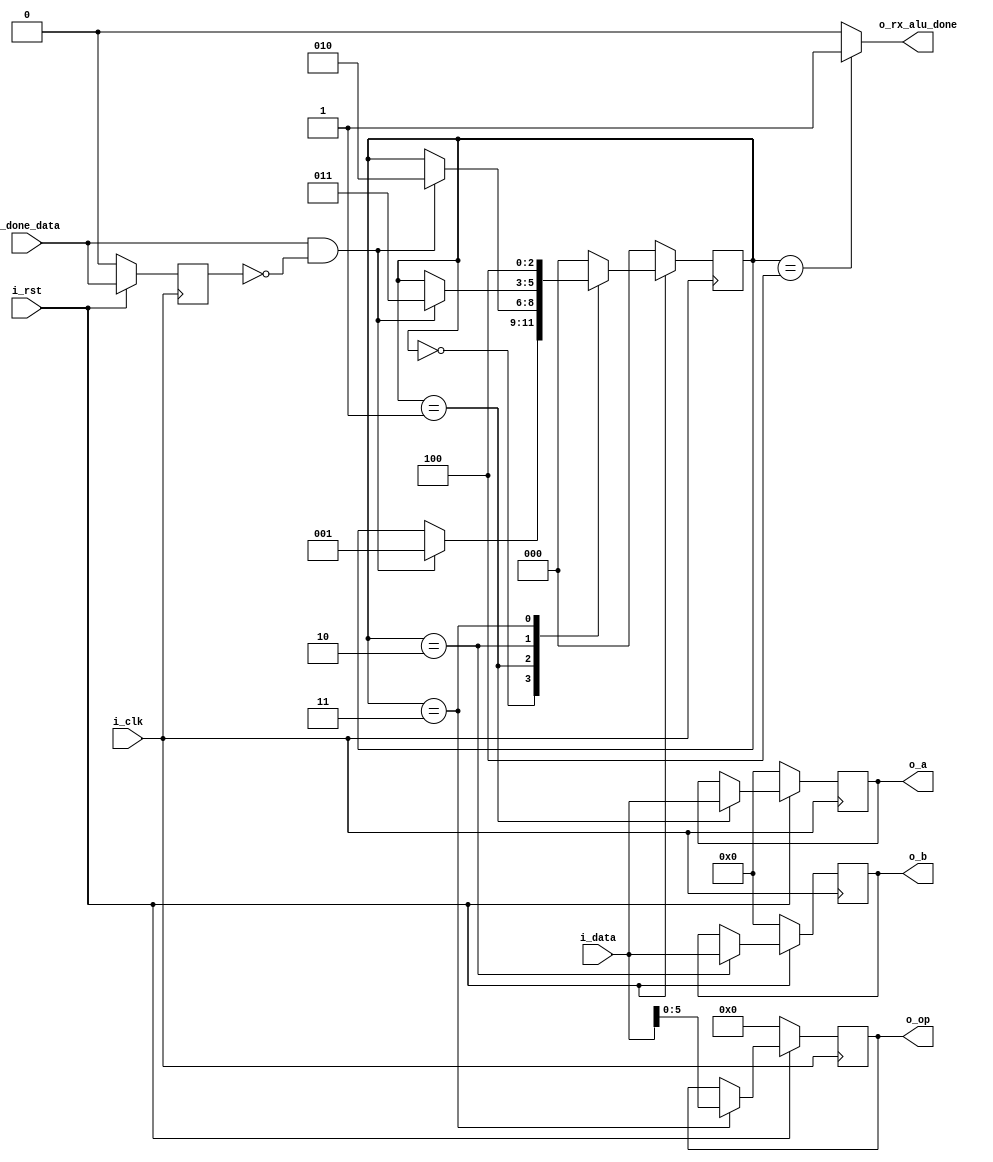
//`timescale 1ns / 1ps
//module interfaz_rx # ( parameter NB_DATA = 8, parameter NB_OPERADOR =6) //bits buffer 
//(
//    input i_clk,
//    input i_rst,
//    input [NB_DATA-1:0] i_data, //Dato proveniente del RX
//    input i_done_data, //Dato listo para pasarle a la interfaz
//    output reg [NB_DATA-1:0] o_a,
//    output reg [NB_DATA-1:0] o_b,
//    output reg [NB_OPERADOR-1:0] o_op,
//    output o_rx_alu_done //Notifica a la ALU que tiene los datos listos
//);

//localparam [2-1:0] idle = 2'b00;
//localparam [2-1:0] almacenar = 2'b01;
//localparam [2-1:0] alu = 2'b10;

//reg [2-1:0] state_reg;
//reg [2-1:0] state_next;
//reg [2-1:0] contador_reg; //Delimita que el dato vaya a A-B-OPCODE
//wire [2-1:0] contador_next;
//reg count_reset;
//reg count_inc;

////FSMD STATE & DATA REGISTERS
//always @(posedge i_clk)
//begin
//    if(!i_rst)
//        state_reg <= idle;
//    else
//        state_reg <= state_next;
//end

////Asignacion datos de salida
//always @(posedge i_clk)
//begin
//    if(!i_rst)
//    begin
//        o_op <= 8'b0;
//        o_a <= 8'b0;
//        o_b <= 8'b0;
//    end
//    else
//    begin
//        if(state_reg==almacenar)
//        begin
//            if(contador_reg==2'b00)
//                o_a <= i_data;
//            else if(contador_reg==2'b01)
//                o_b <= i_data;
//            else
//                o_op <= i_data[NB_OPERADOR-1:0];   
//        end
//        else
//        begin
//            o_a <= o_a;
//            o_b <= o_b;
//            o_op <= o_op;
//        end
//    end
//end

////Incremento y reset contador
//always @(posedge i_clk)
//begin
//    if(!i_rst || count_reset)
//    begin
//        contador_reg <= 2'b00;
//    end
//    else
//    begin
//        if(state_reg==almacenar)
//        begin
//            contador_reg <= contador_next;
//        end
//        else
//        begin
//            contador_reg <= contador_reg;
//        end
//    end
//end

////FSMD NEXT_STATE LOGIC
//always @(*)
//begin
//    state_next = state_reg;
//    count_reset = 1'b0;
//    count_inc = 1'b0;
//    case(state_reg)
//        idle:
//        begin
//            if(i_done_data)
//                state_next = almacenar;
//        end
        
//        almacenar:
//        begin
//            if(i_done_data)
//            begin
//                if(contador_reg==3)
//                begin
//                    count_reset = 1'b1;
//                    state_next = alu;
//                    count_inc = 1'b0;
//                end
//                else
//                    count_reset = 1'b0;
//                    count_inc = 1'b1;
//            end
//            else
//            begin
//                count_inc = 1'b0;
//                count_reset = 1'b0;
//            end        
//        end
        
//        alu:
//        begin
//                state_next = idle;
//        end
//    endcase
//end

//assign o_rx_alu_done = (state_reg==alu) ? 1'b1 : 1'b0;

//assign contador_next = (!i_rst)? 2'b0 : (count_inc) ? (contador_reg +1'b1) : contador_reg;

//endmodule

`timescale 1ns / 1ps

module interfaz_rx # ( parameter NB_DATA = 8, parameter NB_OPERADOR =6) //bits buffer 
(
    input i_clk,
    input i_rst,
    input [NB_DATA-1:0] i_data, //Dato proveniente del RX
    input i_done_data, //Dato listo para pasarle a la interfaz
    output reg [NB_DATA-1:0] o_a,
    output reg [NB_DATA-1:0] o_b,
    output reg [NB_OPERADOR-1:0] o_op,
    output o_rx_alu_done //Notifica a la ALU que tiene los datos listos
);

localparam [3-1:0] idle = 3'b000;
localparam [3-1:0] op1 = 3'b001;
localparam [3-1:0] op2 = 3'b010;
localparam [3-1:0] operacion = 3'b011;
localparam [3-1:0] alu = 3'b100;

reg [3-1:0] state_reg;
reg [3-1:0] state_next;
reg [NB_DATA-1:0] a_next;
reg [NB_DATA-1:0] b_next;
reg [NB_OPERADOR-1:0] op_next;

reg done_data_prev;

//FSMD STATE & DATA REGISTERS
always @(posedge i_clk)
begin
    if(!i_rst)
    begin
        state_reg <= idle;
        done_data_prev <= 0;
        o_a <= 0;
        o_b <= 0;
        o_op <= 0;
    end
    else
    begin
        state_reg <= state_next;
        done_data_prev <= i_done_data;
        o_a <= a_next;
        o_b <= b_next;
        o_op <= op_next;
    end
end

////Asignacion datos de salida
//always @(posedge i_clk)
//begin
//    if(!i_rst)
//    begin
//        o_op <= 8'b0;
//        o_a <= 8'b0;
//        o_b <= 8'b0;
//    end
//    else
//    begin
//        if(state_reg==op1)
//                o_a <= i_data;
//        else if(state_reg==op2)
//                o_b <= i_data;
//        else if(state_reg==operacion)
//                o_op <= i_data[NB_OPERADOR-1:0];   
//        else
//        begin
//            o_a <= o_a;
//            o_b <= o_b;
//            o_op <= o_op;
//        end
//    end
//end

always @(*) begin
    case(state_reg)
        
        idle:
        begin
            a_next = o_a;
            b_next = o_b;
            op_next = o_op;
        end
        
        op1:
        begin
            a_next = i_data;
            b_next = o_b;
            op_next = o_op;
        end
        
        op2:
        begin
           a_next = o_a;
           b_next = i_data;
           op_next = o_op;
        end
        
        operacion:
        begin
            a_next = o_a;
            b_next = o_b;
            op_next = i_data;
        end
        alu:
        begin
            a_next = o_a;
            b_next = o_b;
            op_next = o_op;
        end
        
        default:
        begin
            a_next = o_a;
            b_next = o_b;
            op_next = o_op;
        end
    endcase
end

//FSMD NEXT_STATE LOGIC
always @(*)
begin
    state_next = state_reg;
    case(state_reg)
        
        idle:
        begin
            if((i_done_data==1)&&(done_data_prev == 0))
                state_next = op1;
        end
        
        op1:
        begin
            if((i_done_data==1)&&(done_data_prev == 0))
                state_next = op2;
        end
        
        op2:
        begin
            if((i_done_data==1)&&(done_data_prev == 0))
                state_next = operacion;
        end
        
        operacion:
        begin
            //if((i_done_data==1)&&(done_data_prev == 0))
                state_next = alu;
        end
        alu:
        begin
                state_next = idle;
        end
        
        default:
            state_next=idle;
    endcase
end

assign o_rx_alu_done = (state_reg==alu) ? 1'b1 : 1'b0;

endmodule